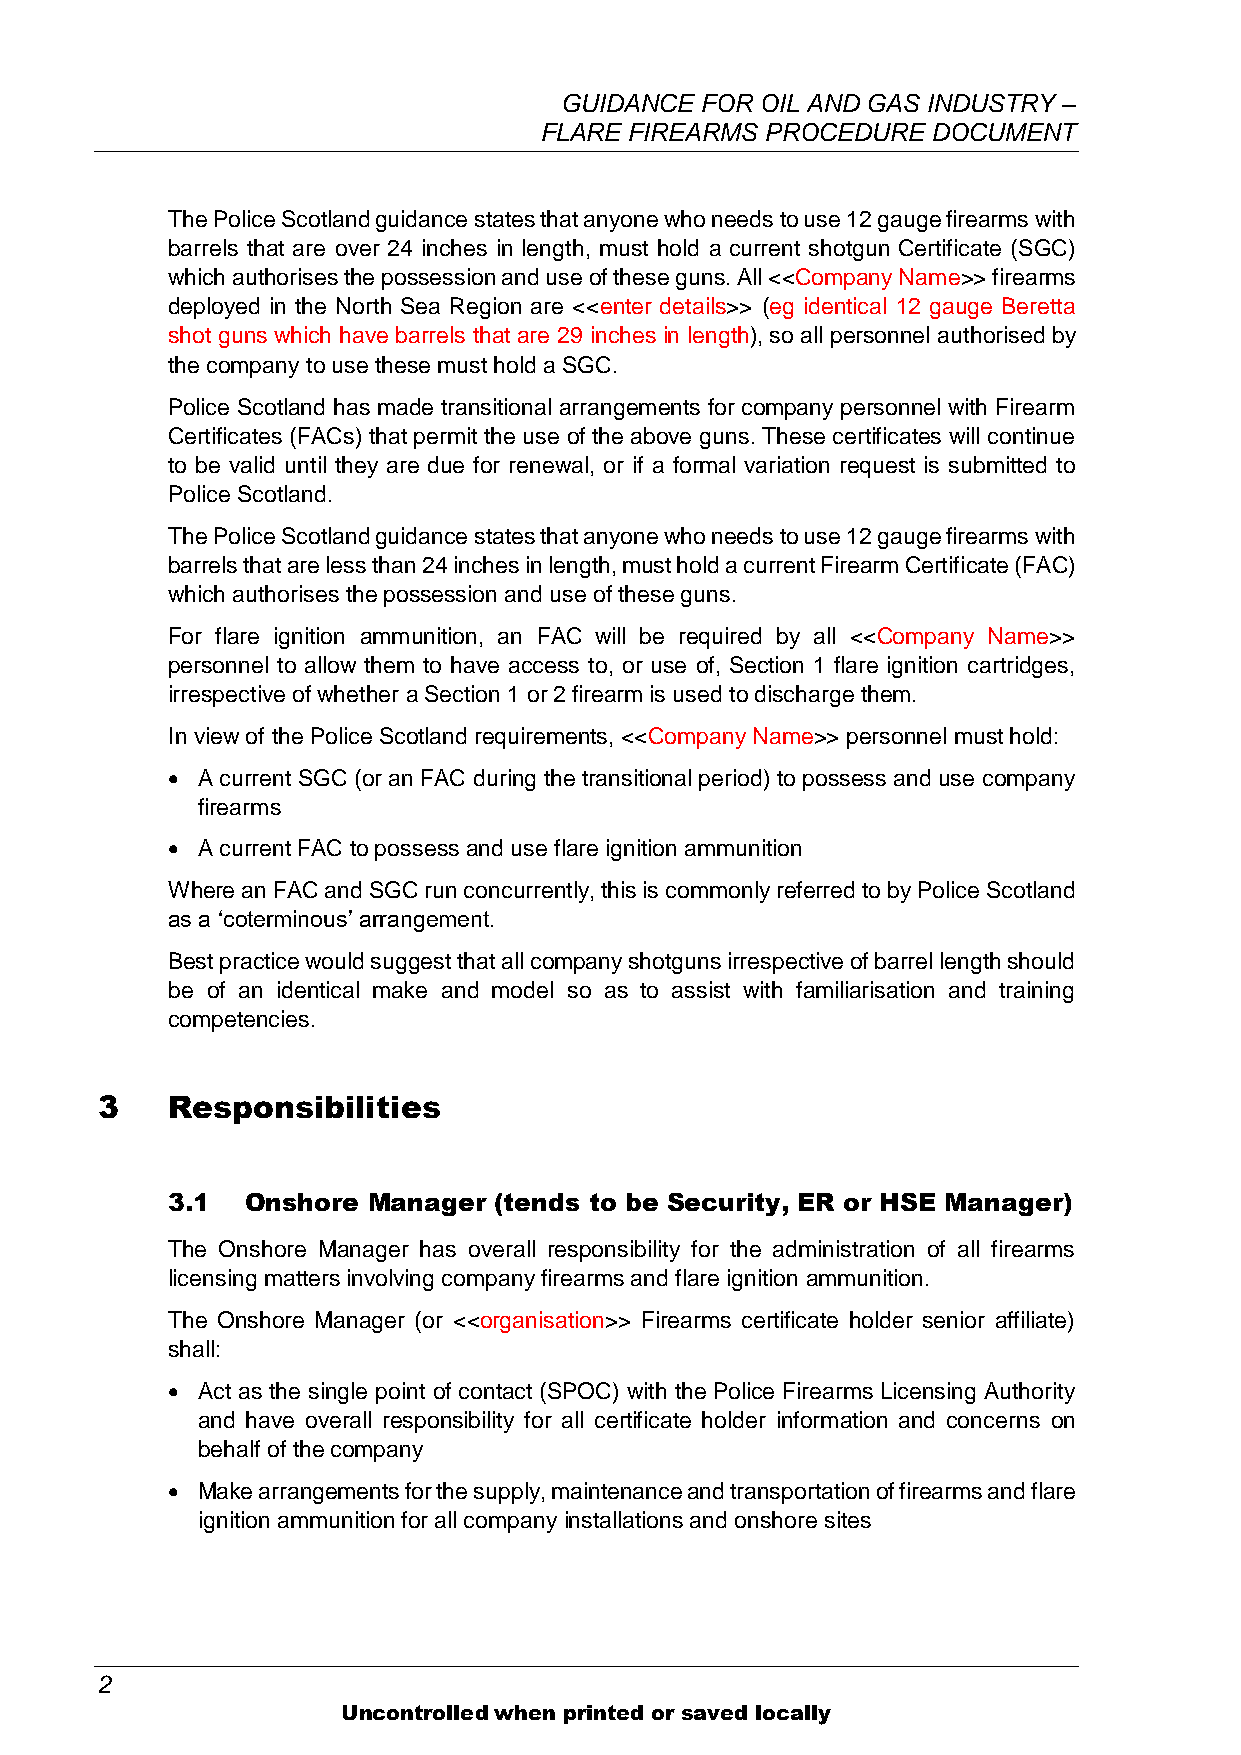
GUIDANCE FOR OIL AND GAS INDUSTRY –
 FLARE FIREARMS PROCEDURE  DOCUMENT
 The Police Scotland guidance states that anyone who needs to use 12 gauge firearms with
 barrels that are over 24 inches in length, must hold a current shotgun Certificate (SGC)
 which authorises the possession and use of these guns. All <<Company Name>> firearms
 deployed in the North Sea Region are <<enter details>> (eg identical 12 gauge Beretta
 shot guns which have barrels that are 29 inches in length), so all personnel authorised by
 the company to use these must hold a SGC.
 Police Scotland has made transitional arrangements for company personnel with Firearm
 Certificates (FACs) that permit the use of the above guns. These certificates will continue
 to be valid until they are due for renewal, or if a formal variation request is submitted to
 Police Scotland.
 The Police Scotland guidance states that anyone who needs to use 12 gauge firearms with
 barrels that are less than 24 inches in length, must hold a current Firearm Certificate (FAC)
 which authorises the possession and use of these guns.
 For flare ignition ammunition, an FAC will be required by all <<Company Name>>
 personnel to allow them to have access to, or use of, Section 1 flare ignition cartridges,
 irrespective of whether a Section 1 or 2 firearm is used to discharge them.
 In view of the Police Scotland requirements, <<Company Name>> personnel must hold:
  A current SGC (or an FAC during the transitional period) to possess and use company
 firearms
  A current FAC to possess and use flare ignition ammunition
 Where an FAC and SGC run concurrently, this is commonly referred to by Police Scotland
 as a ‘coterminous’ arrangement.
 Best practice would suggest that all company shotguns irrespective of barrel length should
 be of an identical make and model so as to assist with familiarisation and training
 competencies.
 3    Responsibilities
 3.1  Onshore Manager  (tends to be Security, ER or HSE Manager)
 The Onshore Manager has overall responsibility for the administration of all firearms
 licensing matters involving company firearms and flare ignition ammunition.
 The Onshore Manager (or <<organisation>> Firearms certificate holder senior affiliate)
 shall:
  Act as the single point of contact (SPOC) with the Police Firearms Licensing Authority
 and have overall responsibility for all certificate holder information and concerns on
 behalf of the company
  Make arrangements for the supply, maintenance and transportation of firearms and flare
 ignition ammunition for all company installations and onshore sites
 2
 Uncontrolled when printed or saved locally